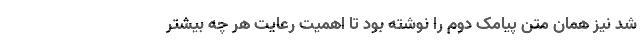
شد نیز همان متن پیامک دوم را نوشته بود تا اهمیت رعایت هر چه بیشتر